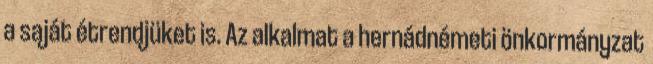
a saját étrendjüket is. Az alkalmat a hernádnémeti önkormányzat